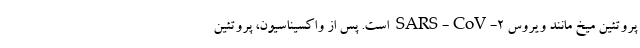
پروتئین میخ مانند ویروس SARS-CoV-2 است. پس از واکسیناسیون، پروتئین